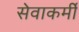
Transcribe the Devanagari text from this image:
सेवाकर्मी